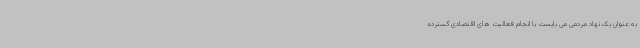
به عنوان یک نهاد مردمی می بایست با انجام فعالیت های اقتصادی گسترده